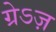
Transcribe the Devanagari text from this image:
ग्रेऽज़